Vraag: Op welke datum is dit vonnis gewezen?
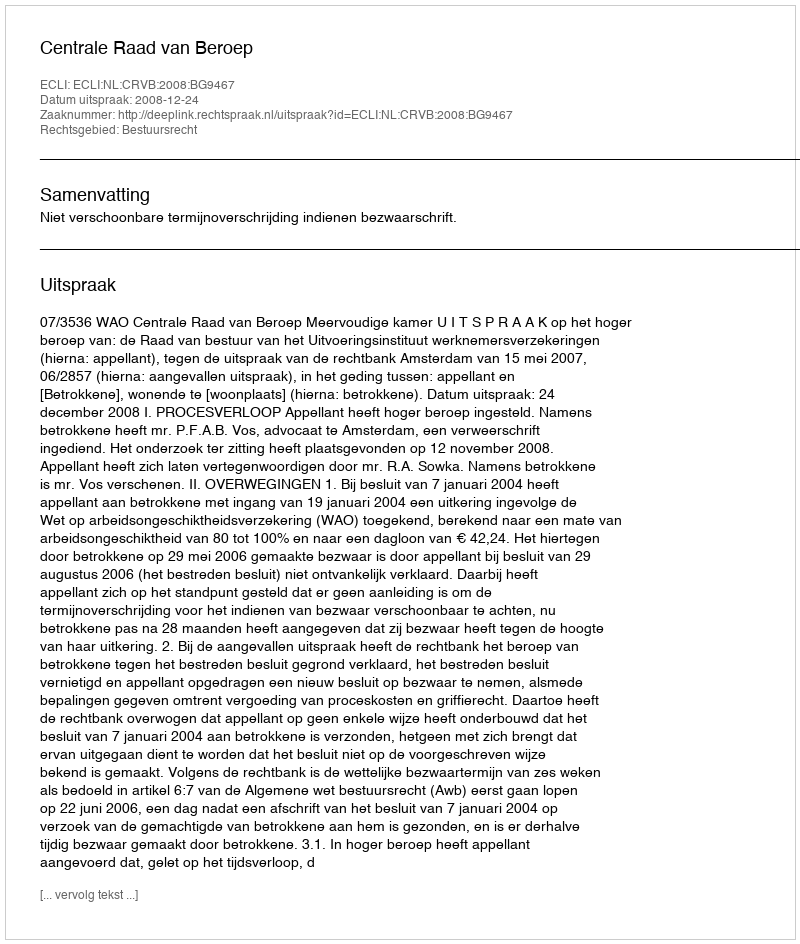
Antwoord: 2008-12-24